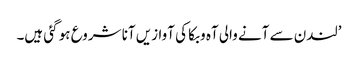
’لندن سے آنے والی آہ و بکا کی آوازیں آنا شروع ہو گئی ہیں۔